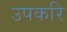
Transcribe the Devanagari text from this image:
उपकरि